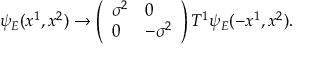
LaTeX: \psi _ { E } ( x ^ { 1 } , x ^ { 2 } ) \rightarrow \left( \begin{array} { l l } { { \sigma ^ { 2 } } } & { { 0 } } \\ { { 0 } } & { { - \sigma ^ { 2 } } } \end{array} \right) T ^ { 1 } \psi _ { E } ( - x ^ { 1 } , x ^ { 2 } ) .